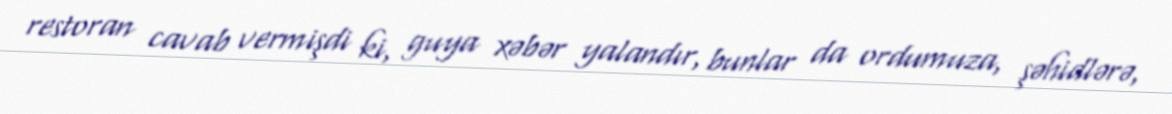
restoran cavab vermişdi ki, guya xəbər yalandır, bunlar da ordumuza, şəhidlərə,